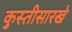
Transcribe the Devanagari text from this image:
कुस्तीसारखे